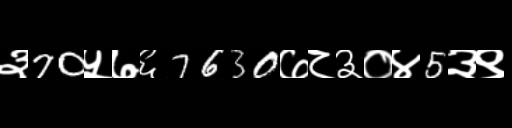
Text: ३70५७६7630७८३०४5३९